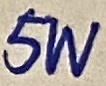
Text: 5W